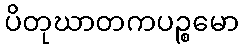
ပိတုဃာတကပဉ္စမော